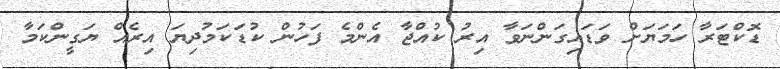
ޑޮކްޓަރާ ހަމަޔަށް ވަޑައިގަންނަވާ އިރު ކުއްޖާ އެންމެ ފަހުން ކުޑަކަމުދިޔަ އިރެއް ޔަގީންކަމާ